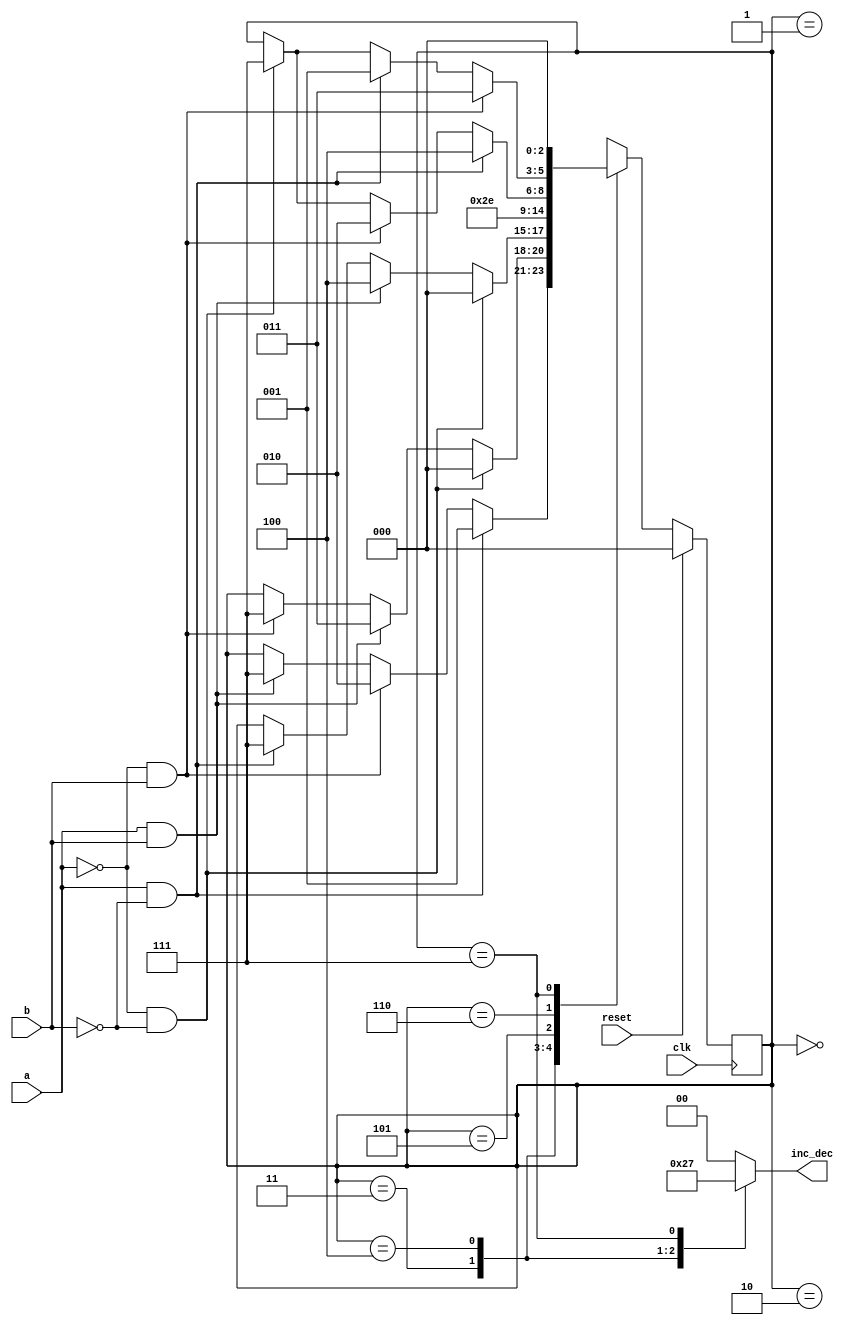
`timescale 1ns / 1ps
//
//////////////////////////////////////////////////////////////////////////////////
module PLOC_Machine(
	input wire a,b,clk,reset,
	output reg [1:0] inc_dec
    );
	 //7 states including enter, exit, and error
	localparam [3:0]	START 	= 3'b000,
				A_TRIG 	= 3'b001,
				B_TRIG 	= 3'b010,
				AB_IN 	= 3'b011,
				AB_OUT 	= 3'b100,
				ENTER 	= 3'b101,
				EXIT 	= 3'b110,
				INVALID = 3'b111;
   
	localparam [1:0]	INC = 2'b10,
				DEC = 2'b01,
				IDLE = 2'b00,
				ERR = 2'b11;
							
	reg [2:0] current_state, next_state;						
	initial current_state = START;
	
	//current_state sequential logic						
	always @ (posedge clk) begin
		if(reset)
			current_state <= START;
		else
			current_state <= next_state;
	end
	//next_state combinational logic
	always @ * begin
		next_state = current_state;
		case(current_state)
			START:	if (a&~b) next_state = A_TRIG;
				else if (~a&b) next_state = B_TRIG;
				else if (a&b) next_state = INVALID; // else keep next_state remains the same
							
			A_TRIG:	if (~a&~b) next_state = START;
				else if (a&b) next_state = AB_IN;
				else if (~a&b) next_state = INVALID;
				
			B_TRIG:	if (~a&~b) next_state = START;
				else if (a&b) next_state = AB_OUT;
				else if (a&~b) next_state =INVALID;
				
			AB_IN: 	next_state = ENTER;
			AB_OUT:	next_state = EXIT;
				
			ENTER:	if (a&~b) next_state = AB_OUT;
				else if (~a&b) next_state = B_TRIG;
				else if (~a&~b) next_state = INVALID;
				
			EXIT:	if(~a&b) next_state = AB_IN;
				else if (a&~b) next_state = A_TRIG;
				else if (~a&~b) next_state =INVALID;
				
			INVALID:next_state = START;
			default: next_state =START;
		endcase
	end

	//Moore output combinational logic
	always @ * begin
		case (current_state)
			AB_IN: inc_dec = INC;
			AB_OUT: inc_dec = DEC;
			INVALID: inc_dec = ERR;
			default: inc_dec = IDLE;
		endcase
	end
endmodule